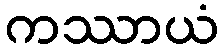
ကဿာယံ